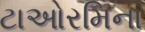
ટાઓરમિના